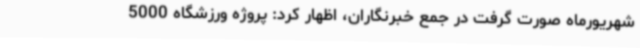
شهریورماه صورت گرفت در جمع خبرنگاران، اظهار کرد: پروژه ورزشگاه 5000